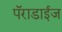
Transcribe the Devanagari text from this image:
पॅराडाईज